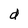
Character: d